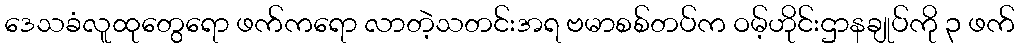
ဒေသခံလူထုတွေရော ဖက်ကရော လာတဲ့သတင်းအရ ဗမာစစ်တပ်က ဝမ့်ဟိုင်းဌာနချုပ်ကို ၃ ဖက်